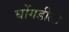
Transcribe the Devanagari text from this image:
घोंगडीला